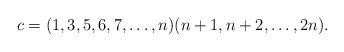
LaTeX: \begin{align*}c=(1,3,5,6,7,\dots,n)(n+1,n+2,\dots,2n).\end{align*}